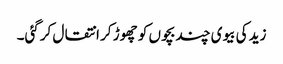
زید کی بیوی چند بچوں کو چھوڑ کر انتقال کرگئی۔